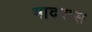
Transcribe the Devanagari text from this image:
भादरास